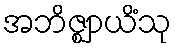
အဘိဇ္ဈာယိံသု